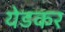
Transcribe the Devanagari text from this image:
येडकर